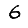
Digit: 6